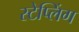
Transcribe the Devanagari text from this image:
स्टेप्लिंग